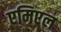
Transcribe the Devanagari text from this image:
एमिएल